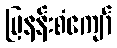
မြနန်းစံကျော်